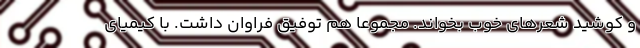
و کوشید شعرهای خوب بخواند. مجموعا هم توفیق فراوان داشت. با کیمیای